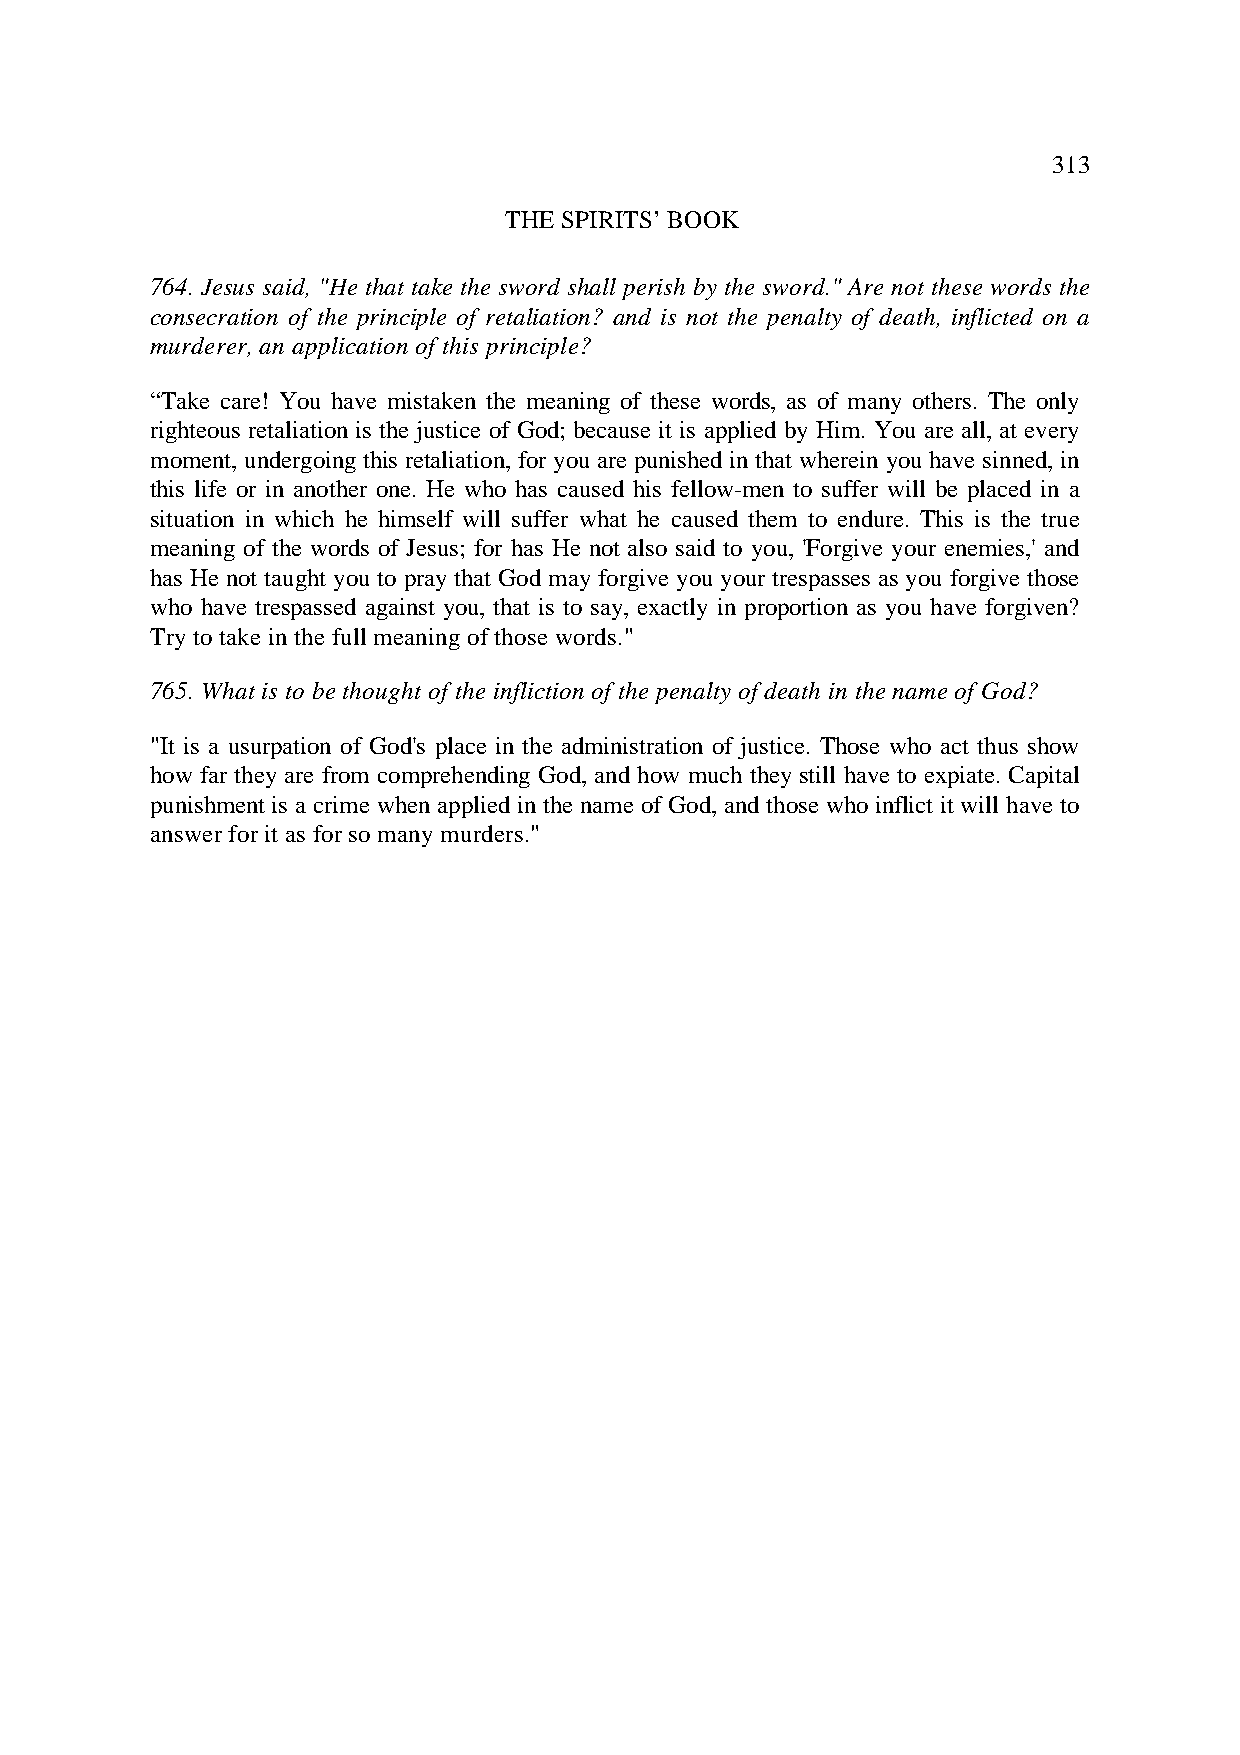
313
 THE SPIRITS’ BOOK
 764. Jesus said, "He that take the sword shall perish by the sword." Are not these words the
 consecration of the principle of retaliation? and is not the penalty of death, inflicted on a
 murderer, an application of this principle?
 “Take care! You have mistaken the meaning of these words, as of many others. The only
 righteous retaliation is the justice of God; because it is applied by Him. You are all, at every
 moment, undergoing this retaliation, for you are punished in that wherein you have sinned, in
 this life or in another one. He who has caused his fellow-men to suffer will be placed in a
 situation in which he himself will suffer what he caused them to endure. This is the true
 meaning of the words of Jesus; for has He not also said to you, 'Forgive your enemies,' and
 has He not taught you to pray that God may forgive you your trespasses as you forgive those
 who have trespassed against you, that is to say, exactly in proportion as you have forgiven?
 Try to take in the full meaning of those words."
 765. What is to be thought of the infliction of the penalty of death in the name of God?
 "It is a usurpation of God's place in the administration of justice. Those who act thus show
 how far they are from comprehending God, and how much they still have to expiate. Capital
 punishment is a crime when applied in the name of God, and those who inflict it will have to
 answer for it as for so many murders."